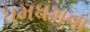
ધમધમવા